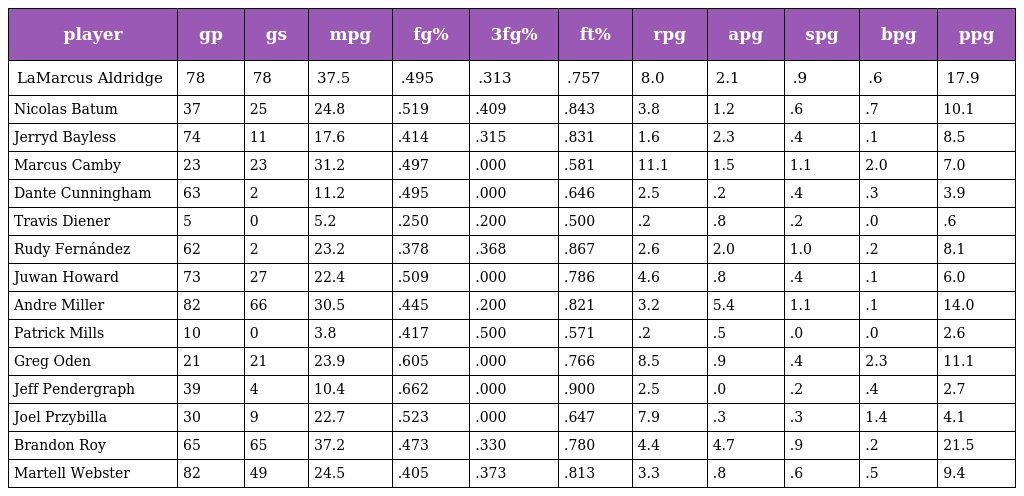
| player | gp | gs | mpg | fg% | 3fg% | ft% | rpg | apg | spg | bpg | ppg |
 | --- | --- | --- | --- | --- | --- | --- | --- | --- | --- | --- | --- |
 | LaMarcus Aldridge | 78 | 78 | 37.5 | .495 | .313 | .757 | 8.0 | 2.1 | .9 | .6 | 17.9 |
 | Nicolas Batum | 37 | 25 | 24.8 | .519 | .409 | .843 | 3.8 | 1.2 | .6 | .7 | 10.1 |
 | Jerryd Bayless | 74 | 11 | 17.6 | .414 | .315 | .831 | 1.6 | 2.3 | .4 | .1 | 8.5 |
 | Marcus Camby | 23 | 23 | 31.2 | .497 | .000 | .581 | 11.1 | 1.5 | 1.1 | 2.0 | 7.0 |
 | Dante Cunningham | 63 | 2 | 11.2 | .495 | .000 | .646 | 2.5 | .2 | .4 | .3 | 3.9 |
 | Travis Diener | 5 | 0 | 5.2 | .250 | .200 | .500 | .2 | .8 | .2 | .0 | .6 |
 | Rudy Fernández | 62 | 2 | 23.2 | .378 | .368 | .867 | 2.6 | 2.0 | 1.0 | .2 | 8.1 |
 | Juwan Howard | 73 | 27 | 22.4 | .509 | .000 | .786 | 4.6 | .8 | .4 | .1 | 6.0 |
 | Andre Miller | 82 | 66 | 30.5 | .445 | .200 | .821 | 3.2 | 5.4 | 1.1 | .1 | 14.0 |
 | Patrick Mills | 10 | 0 | 3.8 | .417 | .500 | .571 | .2 | .5 | .0 | .0 | 2.6 |
 | Greg Oden | 21 | 21 | 23.9 | .605 | .000 | .766 | 8.5 | .9 | .4 | 2.3 | 11.1 |
 | Jeff Pendergraph | 39 | 4 | 10.4 | .662 | .000 | .900 | 2.5 | .0 | .2 | .4 | 2.7 |
 | Joel Przybilla | 30 | 9 | 22.7 | .523 | .000 | .647 | 7.9 | .3 | .3 | 1.4 | 4.1 |
 | Brandon Roy | 65 | 65 | 37.2 | .473 | .330 | .780 | 4.4 | 4.7 | .9 | .2 | 21.5 |
 | Martell Webster | 82 | 49 | 24.5 | .405 | .373 | .813 | 3.3 | .8 | .6 | .5 | 9.4 |